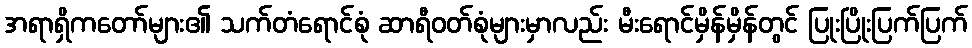
အရာရှိကတော်များ၏ သက်တံရောင်စုံ ဆာရီဝတ်စုံများမှာလည်း မီးရောင်မှိန်မှိန်တွင် ပြုးပြိုးပြက်ပြက်